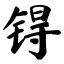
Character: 锝